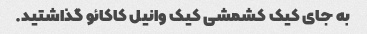
به جای کیک کشمشی کیک وانیل کاکائو گذاشتید.